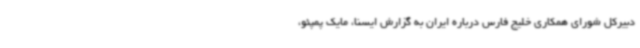
دبیرکل شورای همکاری خلیج فارس درباره ایران به گزارش ایسنا، مایک پمپئو،